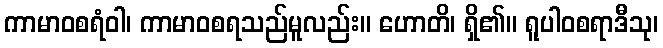
ကာမာဝစရံဝါ၊ ကာမာဝစရသည်မူလည်း။ ဟောတိ၊ ရှိ၏။ ရူပါဝစရာဒီသု၊